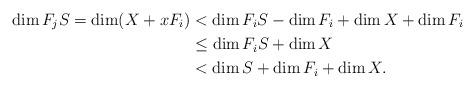
\begin{align*} \dim F_jS =\dim(X+xF_i) &< \dim F_iS - \dim F_i +\dim X + \dim F_i\\ &\leq \dim F_iS +\dim X\\ &< \dim S + \dim F_i + \dim X.\end{align*}